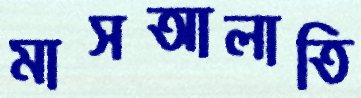
মাসআলাতি